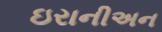
ઇરાનીઅન